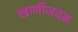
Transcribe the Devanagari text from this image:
खाणींजवळ